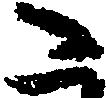
た